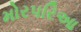
મોરપરિઆ